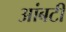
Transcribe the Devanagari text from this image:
आंबटी